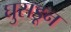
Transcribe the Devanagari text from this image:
घुसडून